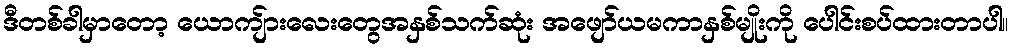
ဒီတစ်ခါမှာတော့ ယောကျ်ားလေးတွေအနှစ်သက်ဆုံး အဖျော်ယမကာနှစ်မျိုးကို ပေါင်းစပ်ထားတာပါ။